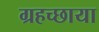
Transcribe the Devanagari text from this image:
ग्रहच्छाया